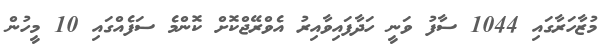
މުޒާހަރާގައި 1044 ސާފު ވަނީ ހަދާފައިވާއިރު އެވްރޭޖްކޮށް ކޮންމެ ސަފެއްގައި 10 މީހުން